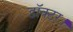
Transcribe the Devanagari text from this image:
डाॅक्टर।